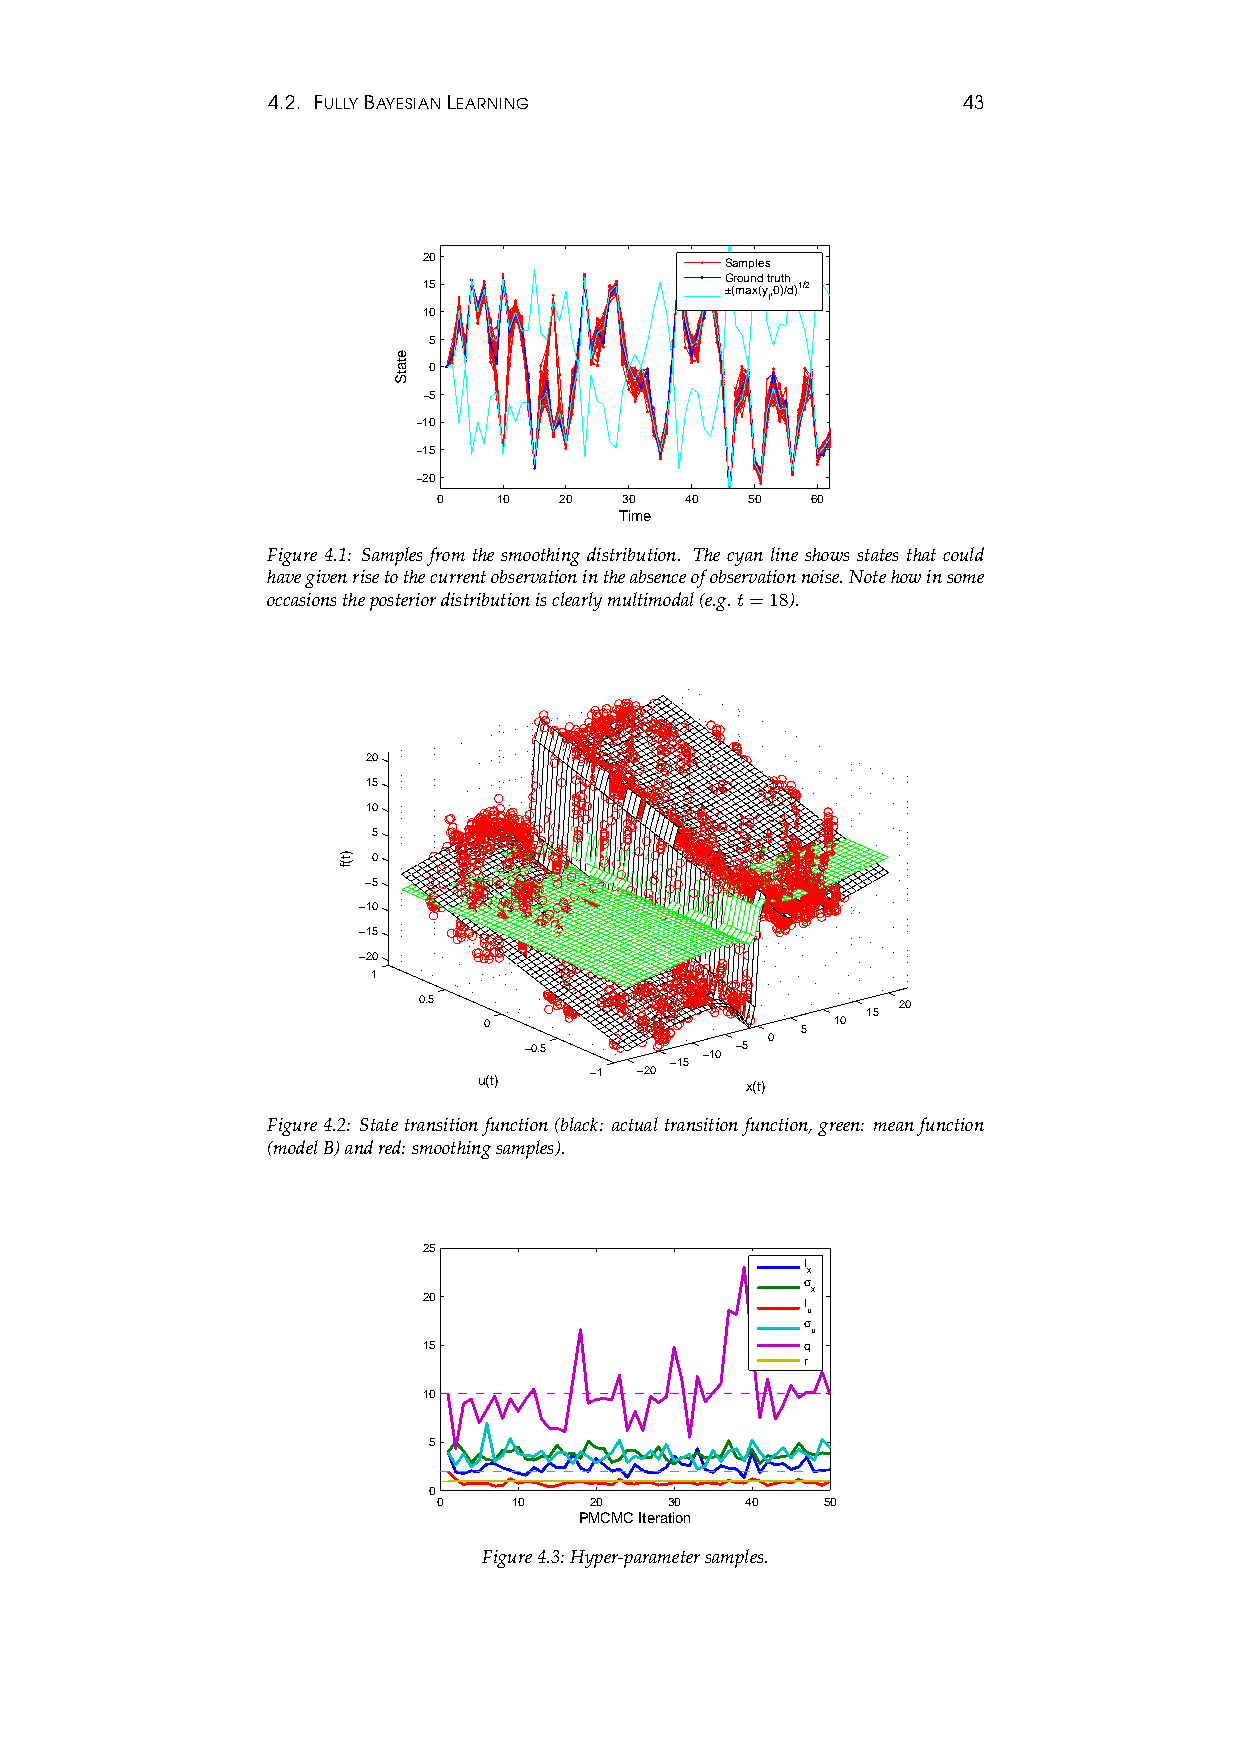
4.2. FULLYBAYESIANLEARNING                    43
 20                  Samples
 Ground truth
 15                  ±(max(y,0)/d)1/2
 t
 10
 5
 0
 −5
 −10
 −15
 −20
 0   10  20  30  40  50   60
 Time
 Figure 4.1: Samples from the smoothing distribution. The cyan line shows states that could
 havegivenrisetothecurrentobservationintheabsenceofobservationnoise.Notehowinsome
 occasionstheposteriordistributionisclearlymultimodal(e.g.t=18).
 20
 15
 10
 5
 0
 −5
 −10
 −15
 −20
 1
 0.5                            20
 15
 0                    5 10
 0
 −0.5        −10 −5
 −15
 −1 −20
 u(t)             x(t)
 Figure4.2: Statetransitionfunction(black: actualtransitionfunction, green: meanfunction
 (modelB)andred:smoothingsamples).
 25
 l
 x
 σ
 x
 20                       l
 u
 σ
 u
 15                       q
 r
 10
 5
 0
 0    10   20   30   40   50
 PMCMC Iteration
 Figure4.3:Hyper-parametersamples.
 )t(f
 etatS